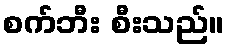
စက်ဘီး စီးသည်။